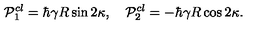
{ \cal P } _ { 1 } ^ { c l } = \hbar \gamma R \sin 2 \kappa , \quad { \cal P } _ { 2 } ^ { c l } = - \hbar \gamma R \cos 2 \kappa .